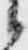
候